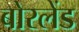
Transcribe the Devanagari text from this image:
बोरलेंड